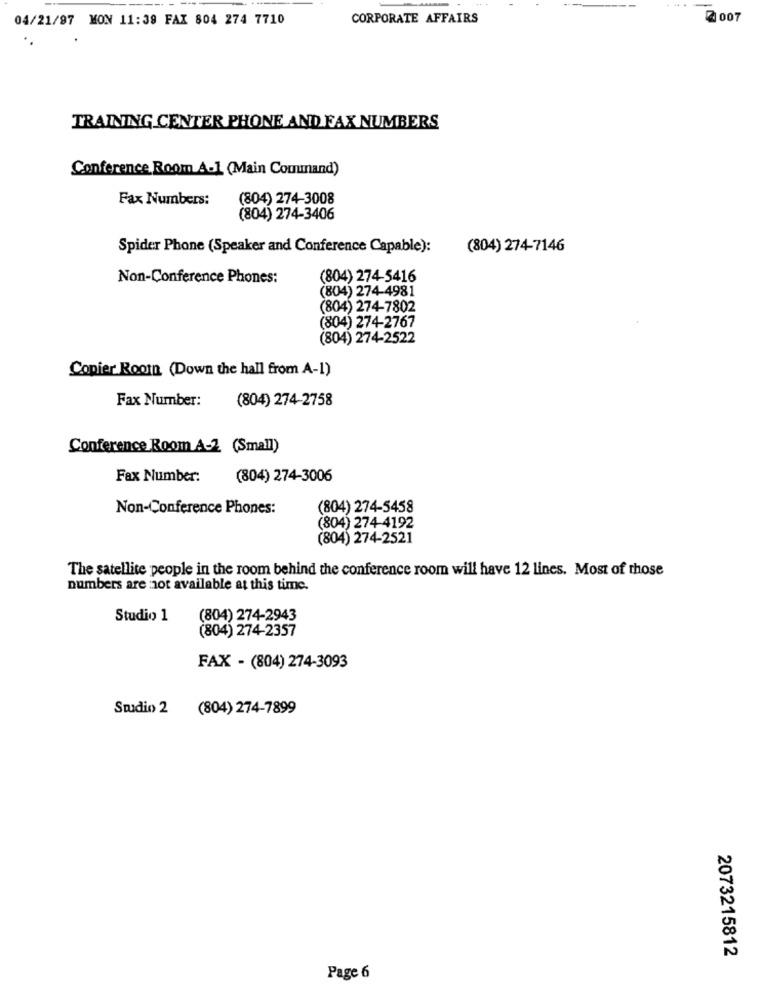
.... .
04/21/97 MON 11:39 FAX 804 274 7710
CORPORATE AFFAIRS
2 007
TRAINING CENTER PHONE AND FAX NUMBERS
Conference Room A-1 (Main Command)
Fax Numbers:
(804) 274-3008
(804) 274-3406
Spider Phone (Speaker and Conference Capable):
(804) 274-7146
Non-Conference Phones:
(804) 274-5416
(804) 274-4981
(804) 274-7802
(804) 274-2767
(804) 274-2522
Copier Room (Down the hall from A-1)
Fax Number:
(804) 274-2758
Conference Room A-2 (Small)
Fax Number:
(804) 274-3006
Non-Conference Phones:
(804) 274-5458
(804) 274-4192
(804) 274-2521
The satellite people in the room behind the conference room will have 12 lines. Most of those
numbers are not available at this time.
Studio 1
(804) 274-2943
(804) 274-2357
FAX - (804) 274-3093
Studio 2
(804) 274-7899
2073215812
Page 6